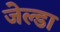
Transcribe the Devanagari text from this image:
जेल्डा